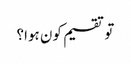
تو تقسیم کون ہوا؟